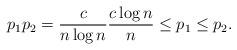
LaTeX: \begin{align*}p_1 p_2 = \frac{c}{n \log n} \frac{c\log n}{n} \leq p_1 \leq p_2.\end{align*}